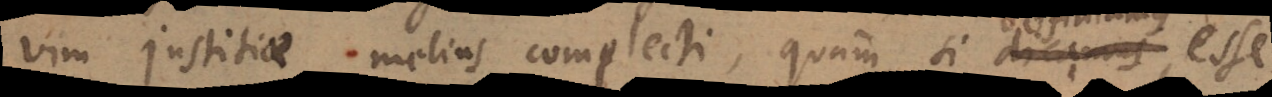
vim justitiae melius complecti, quam si dicamus,